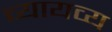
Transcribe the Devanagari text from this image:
व्यायव्य